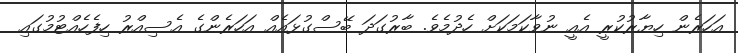
އަހަރެން ހިޔާރުކުރީ އެއީ ނުވާކަމަކަށް ހެދުމެވެ. ބާރުގަދަ ބޭސްގުޅައެއް އަހަރެންގެ އެސިއްރު ހިފެހެއްޓުމުގައި